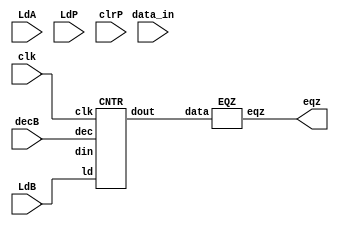
`timescale 1ns/1ps
module Mul_datapath(eqz,LdA,LdB,LdP,clrP,decB,data_in,clk);
input LdA,LdB,LdP,clrP,decB,clk;
input [15:0] data_in;
output eqz;
wire [15:0] X,Y,Z,Bout,Bus;


PIPO1 A(X,Bus,LdA,clk);
PIPO2 P(Y,Z,LdP,clrP,clk);
CNTR B(Bout,Bus,LdB,decB,clk);
ADD AD(Z,X,Y);
EQZ COPM(eqz,Bout);
endmodule

module PIPO1(dout,din,ld,clk);
input [15:0]din;
input ld,clk;
output reg [15:0]dout;

always@(posedge clk)
if(ld) dout<=din;
endmodule

module PIPO2(dout,din,ld,clr,clk);
input [15:0]din;
input ld,clr,clk;
output reg[15:0]dout;
always@(posedge clk)
 if(clr)dout<=16'b0;
else if (ld) dout<=din;
endmodule


module EQZ(eqz,data);
input [15:0]data;
output eqz;
assign eqz=(data==0);
endmodule

module ADD(out,in1,in2);
input [15:0] in1,in2;
output reg [15:0]out;
always@(*)
out=in1+in2;
endmodule


module CNTR(dout,din,ld,dec,clk);
input [15:0]din;
input ld,dec,clk;
output reg[15:0]dout;
always@(posedge clk)
if(ld) dout<=din;
else if(dec) dout<=dout-1;
endmodule